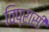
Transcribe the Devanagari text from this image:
विप्रासी